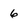
Character: 6